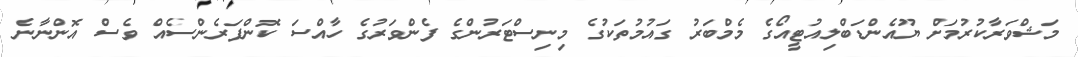
މަޝްވަރާކުރުމަށް ޔޫއެންޑަބްލިއުޓީއޯގެ މެމްބަރު ގައުމުތަކުގެ މިނިސްޓަރުންގެ ފެންވަރުގެ ހާއްސަ ކޮންފަރެންސެއް ވެސް އޮންނާނެ